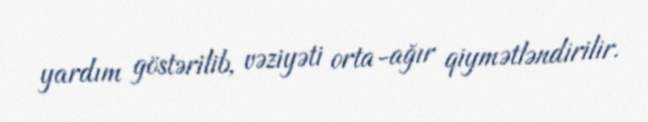
yardım göstərilib, vəziyəti orta-ağır qiymətləndirilir.